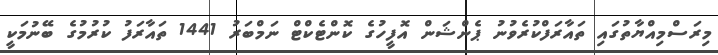
މިރަސްމިއްޔާތުގައި ތައާރަފްކުރެވުނު ޕެންޝަން އޮފީހުގެ ކޮންޓެކްޓް ނަމްބަރު 1441 ތައާރަފު ކުުރުމުގެ ބޭނުމަކީ